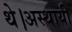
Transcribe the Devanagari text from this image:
थे।अस्थायी